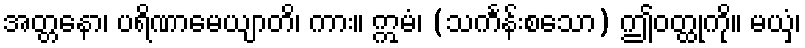
အတ္တနော၊ ပရိဏာမေယျာတိ၊ ကား။ ဣမံ၊ (သင်္ကန်းစသော) ဤဝတ္ထုကို။ မယှံ၊